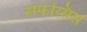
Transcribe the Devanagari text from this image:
स्म्फय्सिस